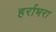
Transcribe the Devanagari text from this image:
हर्राभरा